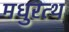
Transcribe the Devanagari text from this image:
मधुरत्थ